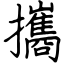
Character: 攜